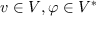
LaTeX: v \in V , \varphi \in V ^ { * }